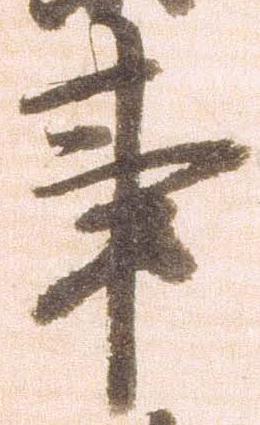
事